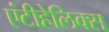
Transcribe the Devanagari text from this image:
एंटीहेलिक्स